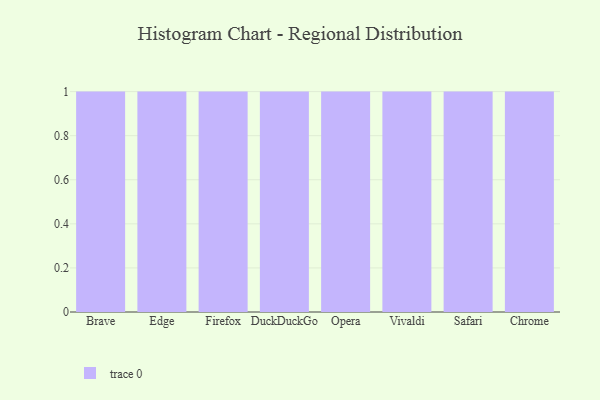
{"axis": {"x": "Browser", "y": "Satisfaction Score"}, "legend": [""], "data": [{"x": "Brave", "y": 1, "type": ""}, {"x": "Edge", "y": 48, "type": ""}, {"x": "Firefox", "y": 63, "type": ""}, {"x": "DuckDuckGo", "y": 32, "type": ""}, {"x": "Opera", "y": 97, "type": ""}, {"x": "Vivaldi", "y": 2, "type": ""}, {"x": "Safari", "y": 79, "type": ""}, {"x": "Chrome", "y": 49, "type": ""}]}